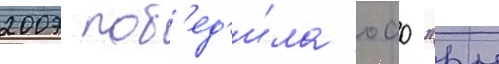
2007 поб'ед'и́ла оао "рн